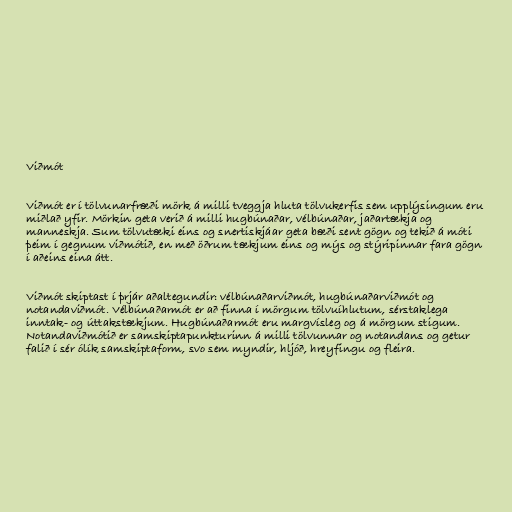
Viðmót

Viðmót er í tölvunarfræði mörk á milli tveggja hluta tölvukerfis sem upplýsingum eru
miðlað yfir. Mörkin geta verið á milli hugbúnaðar, vélbúnaðar, jaðartækja og
manneskja. Sum tölvutæki eins og snertiskjáar geta bæði sent gögn og tekið á móti
þeim í gegnum viðmótið, en með öðrum tækjum eins og mýs og stýripinnar fara gögn
í aðeins eina átt.

Viðmót skiptast í þrjár aðaltegundir: vélbúnaðarviðmót, hugbúnaðarviðmót og
notandaviðmót. Vélbúnaðarmót er að finna í mörgum tölvuíhlutum, sérstaklega
inntak- og úttakstækjum. Hugbúnaðarmót eru margvísleg og á mörgum stigum.
Notandaviðmótið er samskiptapunkturinn á milli tölvunnar og notandans og getur
falið í sér ólík samskiptaform, svo sem myndir, hljóð, hreyfingu og fleira.